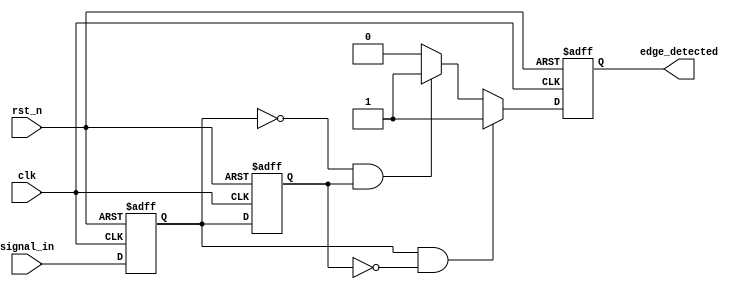
module glitch_free_edge_detector (
    input wire clk,                // Clock signal
    input wire rst_n,              // Active-low reset signal
    input wire signal_in,          // Input signal to monitor
    output reg edge_detected       // Output signal indicating detected edge
);

    // Memory blocks to store the current and previous states
    reg signal_prev;               // Previous state of the input signal
    reg signal_curr;               // Current state of the input signal

    // Sequential logic to update the current and previous states
    always @(posedge clk or negedge rst_n) begin
        if (!rst_n) begin
            signal_prev <= 1'b0;   // Reset previous state
            signal_curr <= 1'b0;   // Reset current state
            edge_detected <= 1'b0;  // Reset output
        end else begin
            // Update previous state to current before changing current
            signal_prev <= signal_curr;
            signal_curr <= signal_in;

            // Edge detection logic
            if (signal_curr && !signal_prev) begin
                edge_detected <= 1'b1; // Rising edge detected
            end else if (!signal_curr && signal_prev) begin
                edge_detected <= 1'b1; // Falling edge detected
            end else begin
                edge_detected <= 1'b0;  // No edge detected
            end
        end
    end

endmodule